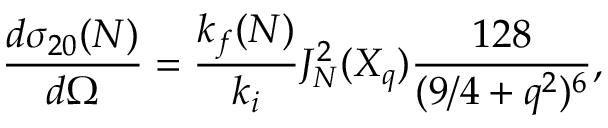
\frac { d { \sigma } _ { 2 0 } ( N ) } { d \Omega } = \frac { k _ { f } ( N ) } { k _ { i } } J _ { N } ^ { 2 } ( X _ { q } ) \frac { 1 2 8 } { ( 9 / 4 + q ^ { 2 } ) ^ { 6 } } ,